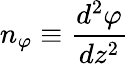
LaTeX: n_{\varphi}\equiv{\frac{d^{2}\varphi}{dz^{2}}}